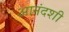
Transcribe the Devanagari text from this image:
आनंदशी